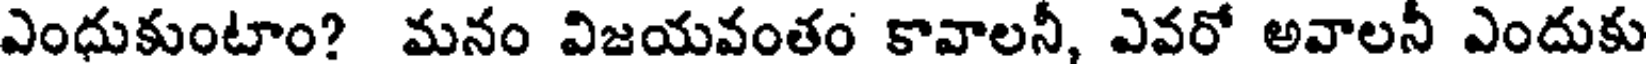
ఎంధుకుంటాం? మనం విజయవంతం కావాలనీ, ఎవరో అవాలనీ ఎందుకు